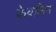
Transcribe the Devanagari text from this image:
केवलिन